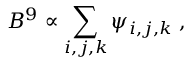
B ^ { 9 } \propto \sum _ { i , j , k } \psi _ { i , j , k } \; ,